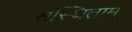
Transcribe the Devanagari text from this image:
संस्थिताम्‌